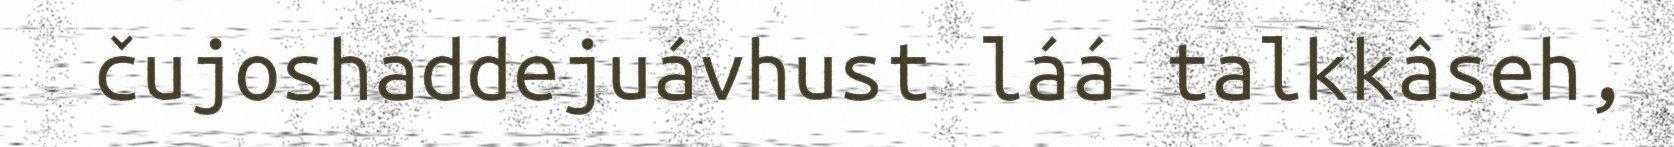
čujoshaddejuávhust láá talkkâseh,